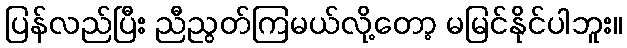
ပြန်လည်ပြီး ညီညွတ်ကြမယ်လို့တော့ မမြင်နိုင်ပါဘူး။